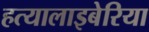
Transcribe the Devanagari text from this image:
हत्यालाइबेरिया